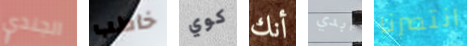
الجندي خاطب كوي أنك أبدي انتصرنا